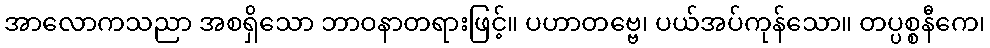
အာလောကသညာ အစရှိသော ဘာဝနာတရားဖြင့်။ ပဟာတဗ္ဗေ၊ ပယ်အပ်ကုန်သော။ တပ္ပစ္စနီကေ၊